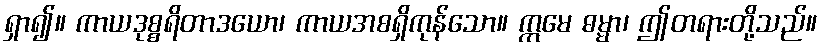
ရှာ၍။ ကာယဒုစ္စရိတာဒယော၊ ကာယအစရှိကုန်သော။ ဣမေ ဓမ္မာ၊ ဤတရားတို့သည်။